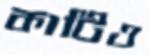
কাটিও